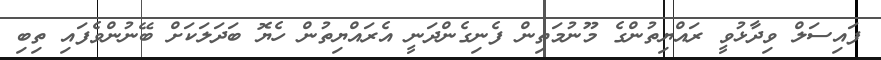
ފައިސަލް ވިދާޅުވީ ރައްޔިތުންގެ މޫނުމަތިން ފެނިގެންދަނީ އެރައްޔިތުން ހެޔޮ ބަދަލަކަށް ބޭނުންވެފައި ތިބި